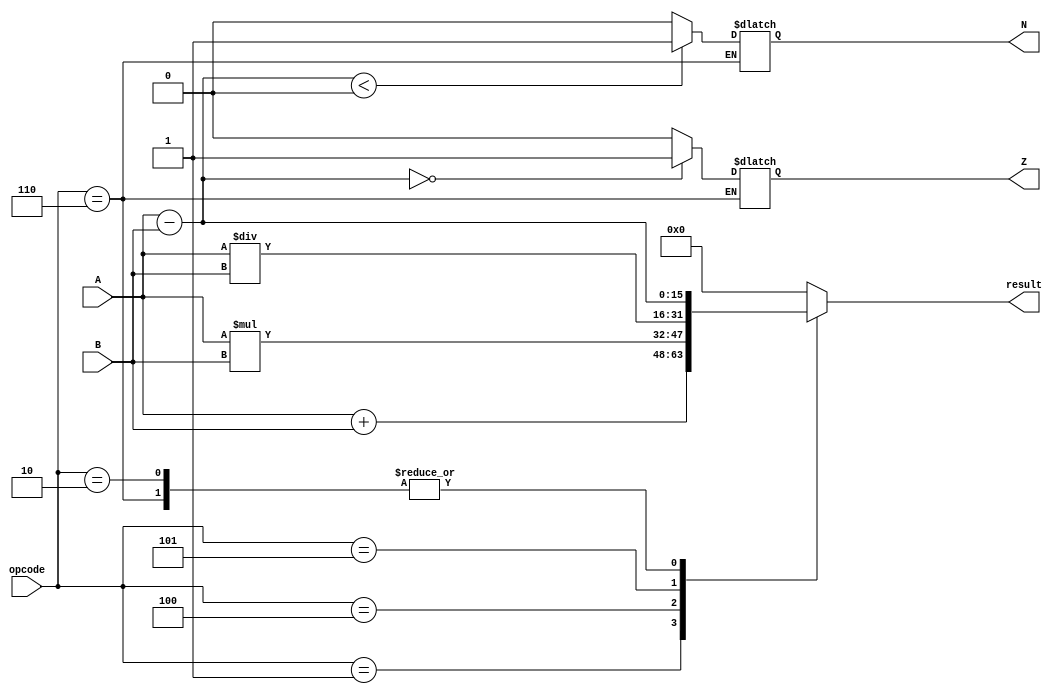
module ALU(
    input [15:0] A,
    input [15:0] B,
    input [3:0] opcode,
    output reg [15:0] result,
    output reg N,
    output reg Z
);
    always @(*) begin
        case(opcode)
            4'b0001: result = A + B;          // ADD
            4'b0010: result = A - B;          // SUB
            4'b0100: result = A * B;          // MUL
            4'b0101: result = A / B;          // DIV
            4'b0110: begin                    // CMP
                result = A - B;
                N = (result < 0) ? 1 : 0;
                Z = (result == 0) ? 1 : 0;
            end
            default: result = 16'b0;
        endcase
    end
endmodule